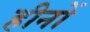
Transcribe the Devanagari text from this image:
हीनों